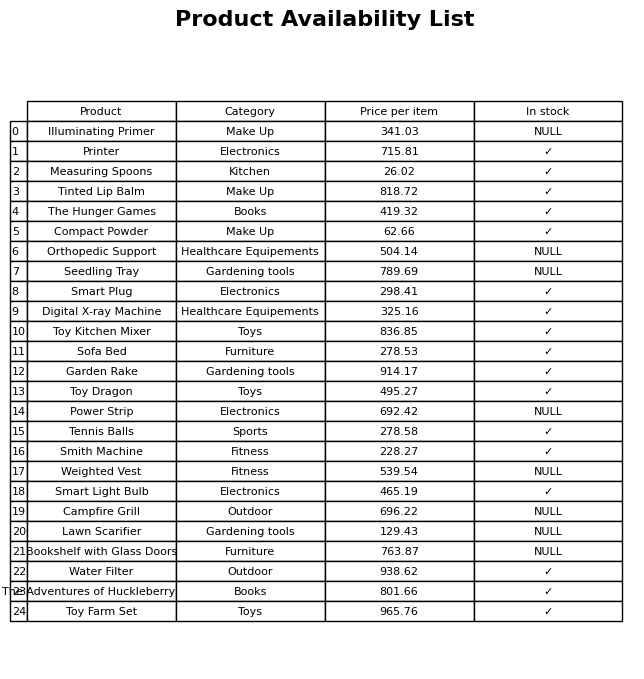
question: Is the Sofa Bed in stock?
answer: ✓